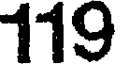
119